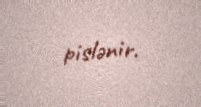
pislənir.